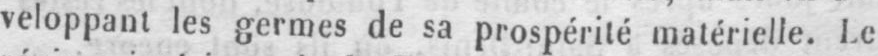
veloppant les germes de sa prospérité matérielle. Le